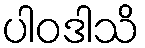
ပါဝဒါသိ